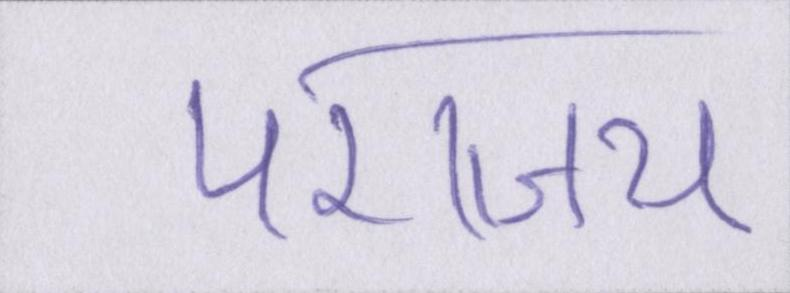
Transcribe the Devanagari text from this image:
पराजय